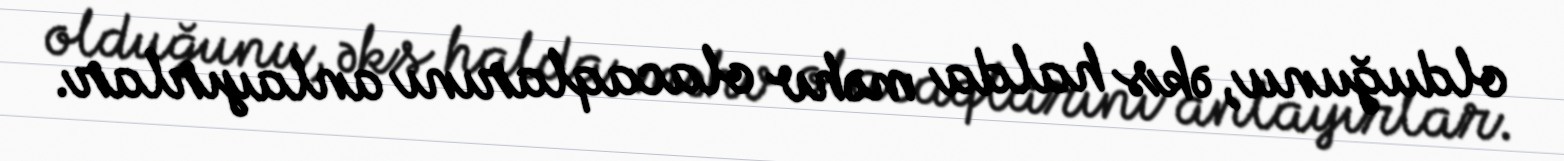
olduğunu, əks halda məhv olacaqlarını anlayırlar.